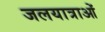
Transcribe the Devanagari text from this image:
जलयात्राओं